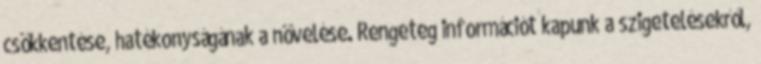
csökkentése, hatékonyságának a növelése. Rengeteg információt kapunk a szigetelésekről,